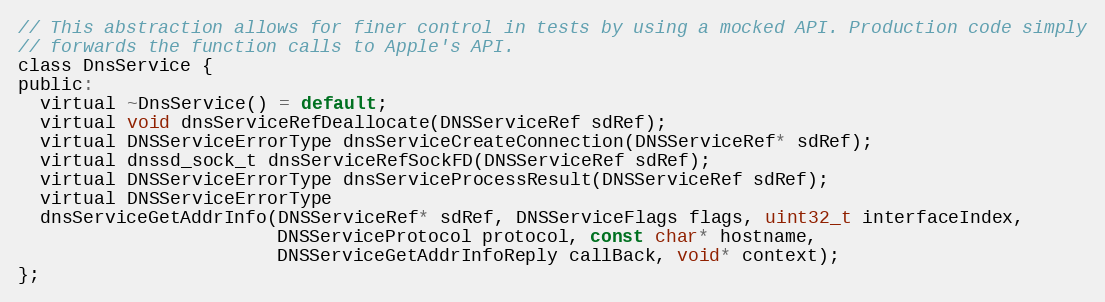
Language: C
// This abstraction allows for finer control in tests by using a mocked API. Production code simply
// forwards the function calls to Apple's API.
class DnsService {
public:
  virtual ~DnsService() = default;
  virtual void dnsServiceRefDeallocate(DNSServiceRef sdRef);
  virtual DNSServiceErrorType dnsServiceCreateConnection(DNSServiceRef* sdRef);
  virtual dnssd_sock_t dnsServiceRefSockFD(DNSServiceRef sdRef);
  virtual DNSServiceErrorType dnsServiceProcessResult(DNSServiceRef sdRef);
  virtual DNSServiceErrorType
  dnsServiceGetAddrInfo(DNSServiceRef* sdRef, DNSServiceFlags flags, uint32_t interfaceIndex,
                        DNSServiceProtocol protocol, const char* hostname,
                        DNSServiceGetAddrInfoReply callBack, void* context);
};